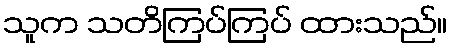
သူက သတိကြပ်ကြပ် ထားသည်။